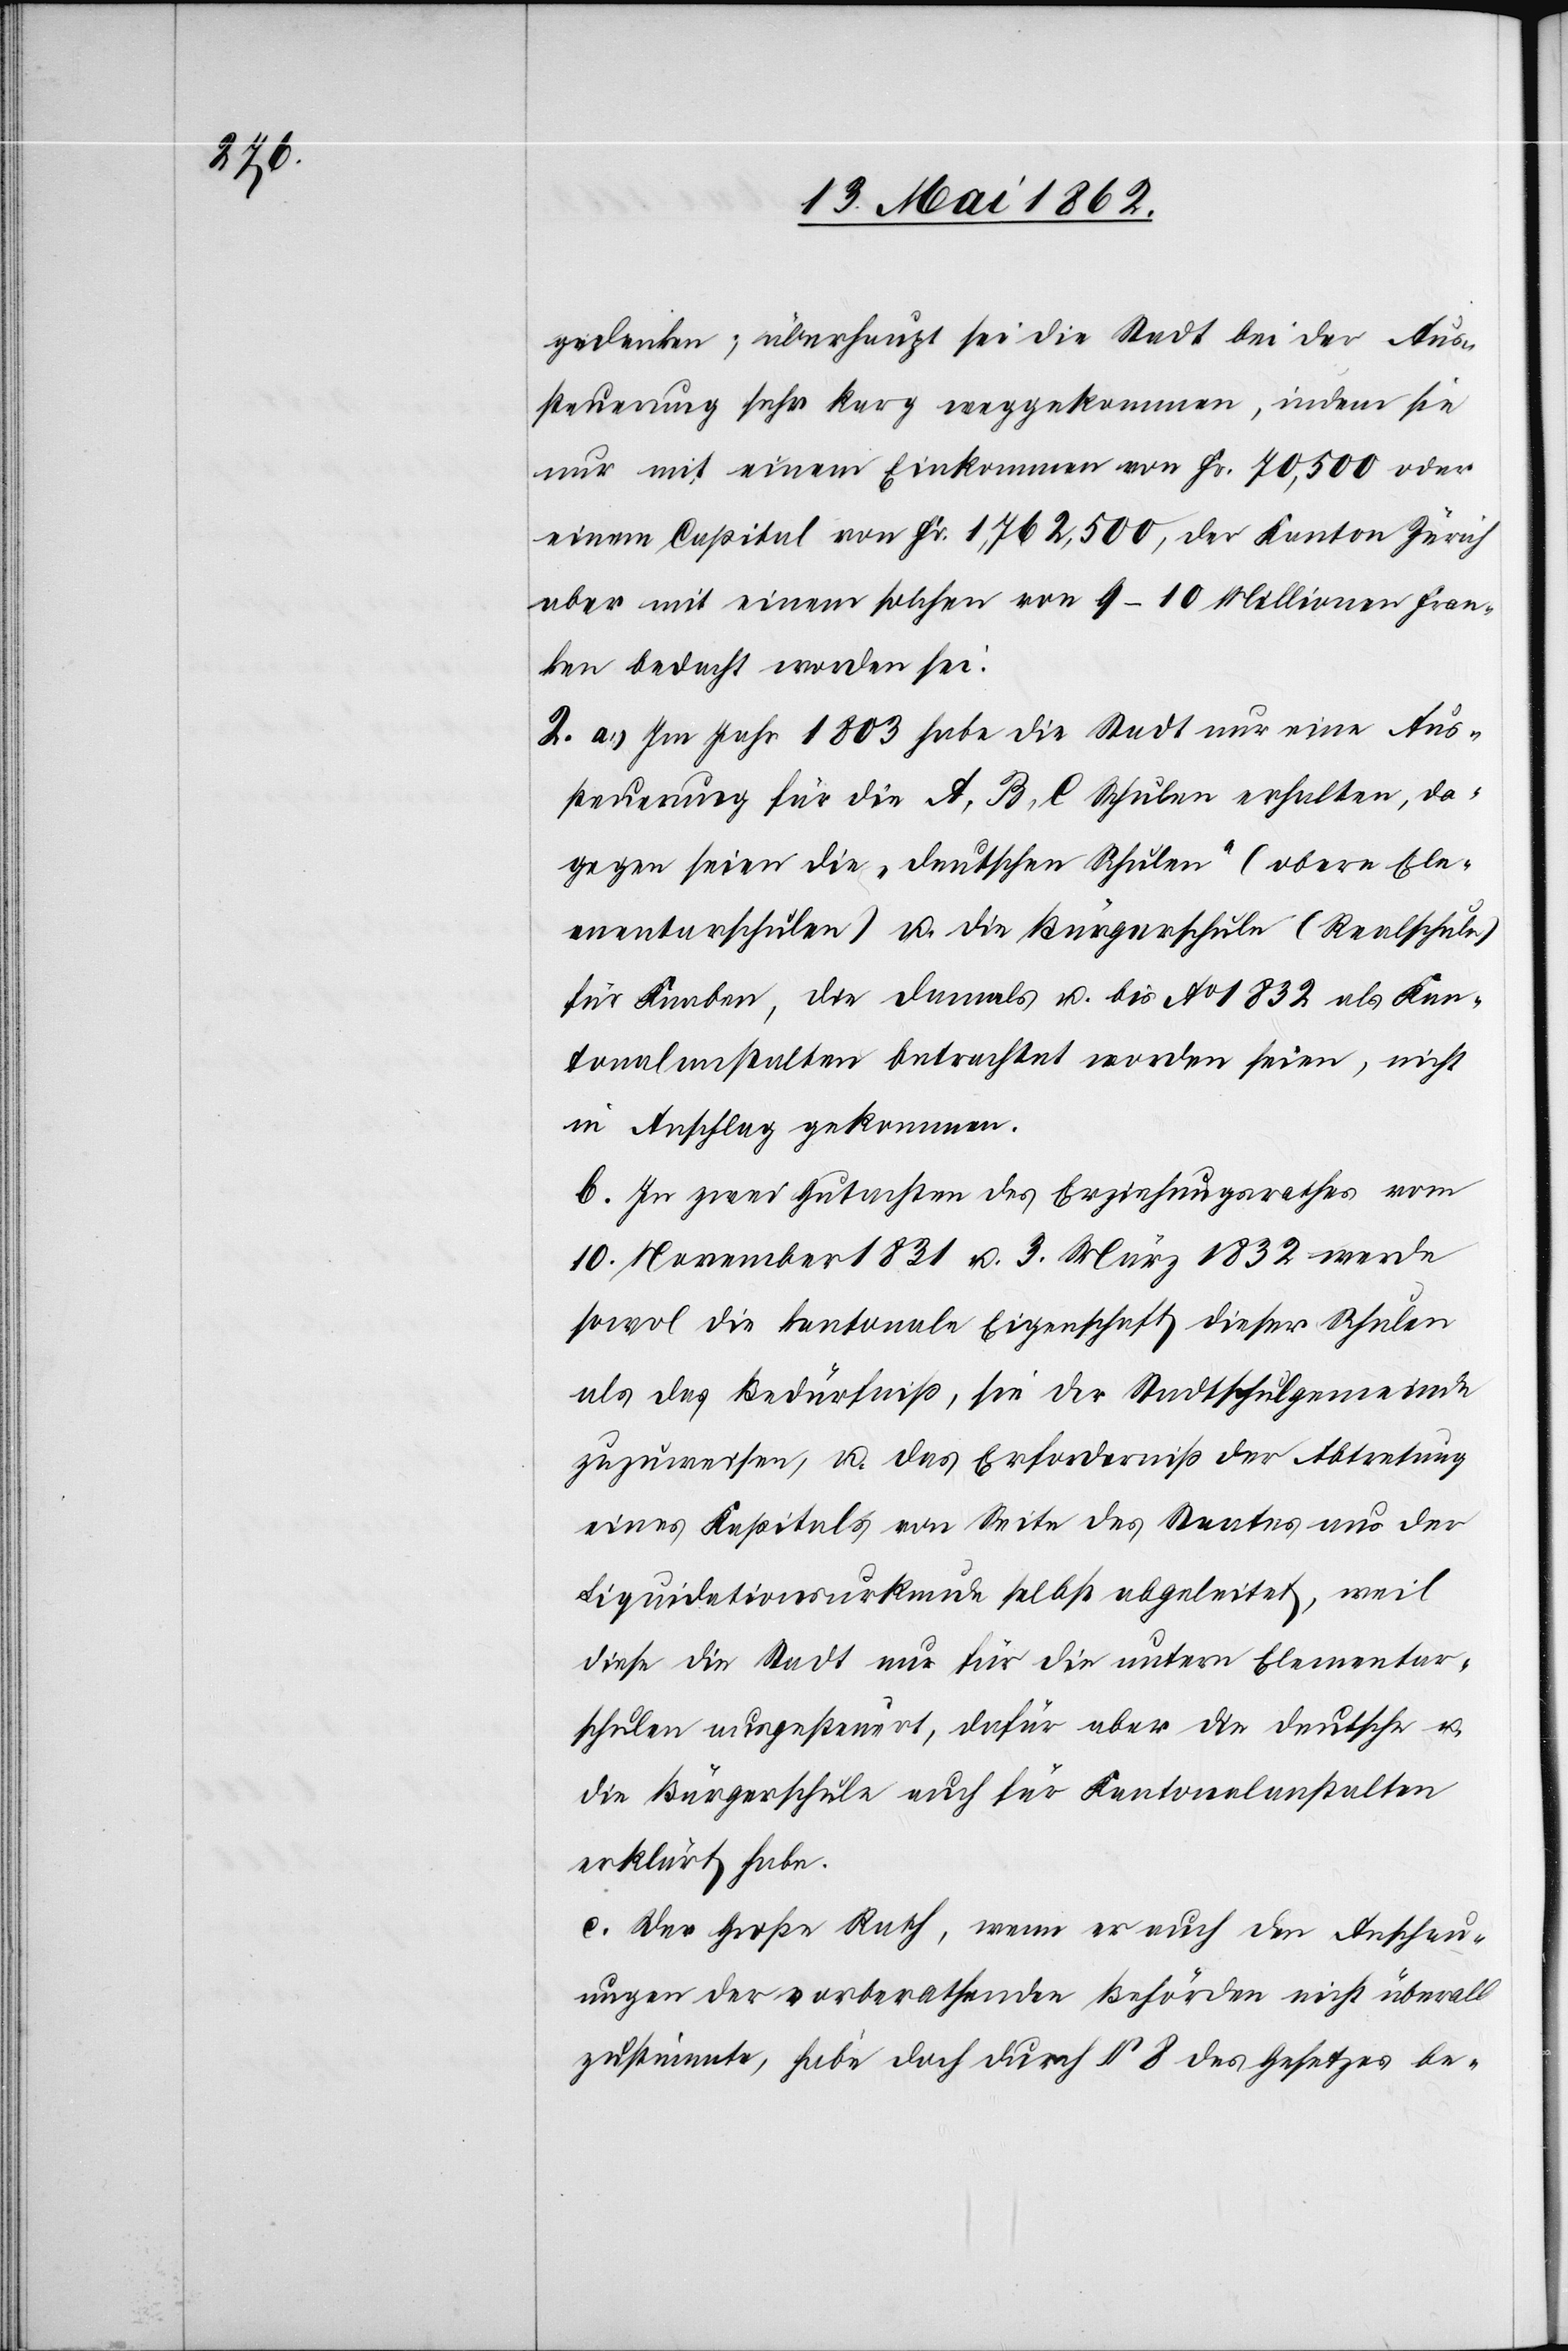
gedenken; überhaupt sei die Stadt bei der Aus¬
steurung sehr karg weggekommen, indem sie
nur mit einem Einkommen von Fr. 70,500 oder
einem Capital von Fr. 1,762,500, der Kanton Zürich
aber mit einem solchen von 9–10 Millionen Fran¬
ken bedacht worden sei.
2. a. Im Jahr 1803 habe die Stadt nur eine Aus¬
steuerung für die A, B, C. Schulen erhalten, da¬
gegen seien die „deutschen Schulen“ (obere Ele¬
mentarschulen) u. die Bürgerschule (Realschule)
für Knaben, die damals u. bis Ao. 1832 als Kan¬
tonalanstalten betrachtet worden seien, nicht
in Anschlag gekommen.
b. In zwei Gutachten des Erziehungsrathes vom
10. November 1831 u. 3. März 1832 werde
sowol die kantonale Eigenschaft dieser Schulen
als das Bedürfniß, sie der Stadtschulgemeinde
zuzuweisen, u. das Erforderniß der Abtretung
eines Kapitals von Seite des Staates aus der
Liquidationsurkunde selbst abgeleitet, weil
diese Stadt nur für die unter Elementar¬
schulen ausgesteuert, dafür aber die deutsche u.
die Bürgerschule auch für Kantonalanstalten
erklärt habe.
c. Der Große Rath, wenn er auch den Anschau¬
ungen der vorberathenden Behörden nicht überall
zustimmte, habe doch durch § 8 des Gesetzes be-